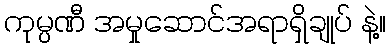
ကုမ္ပဏီ အမှုဆောင်အရာရှိချုပ် နဲ့။